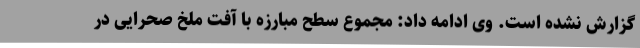
گزارش نشده است. وی ادامه داد: مجموع سطح مبارزه با آفت ملخ صحرایی در